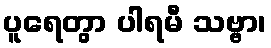
ပူရေတွာ ပါရမီ သဗ္ဗာ၊